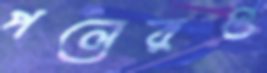
পলেরও